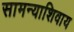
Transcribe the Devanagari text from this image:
सामन्याशिवाय